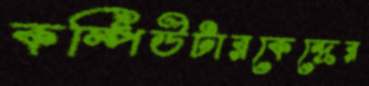
কম্পিউটারকেন্দ্রের